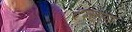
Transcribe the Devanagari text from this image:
दश्कात